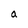
Character: a